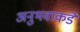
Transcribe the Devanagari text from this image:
अनुभवाकडे